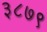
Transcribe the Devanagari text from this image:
३८७९